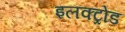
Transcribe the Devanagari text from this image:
इलक्ट्रोड